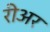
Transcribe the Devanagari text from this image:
रीअर